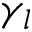
\gamma _ { l }